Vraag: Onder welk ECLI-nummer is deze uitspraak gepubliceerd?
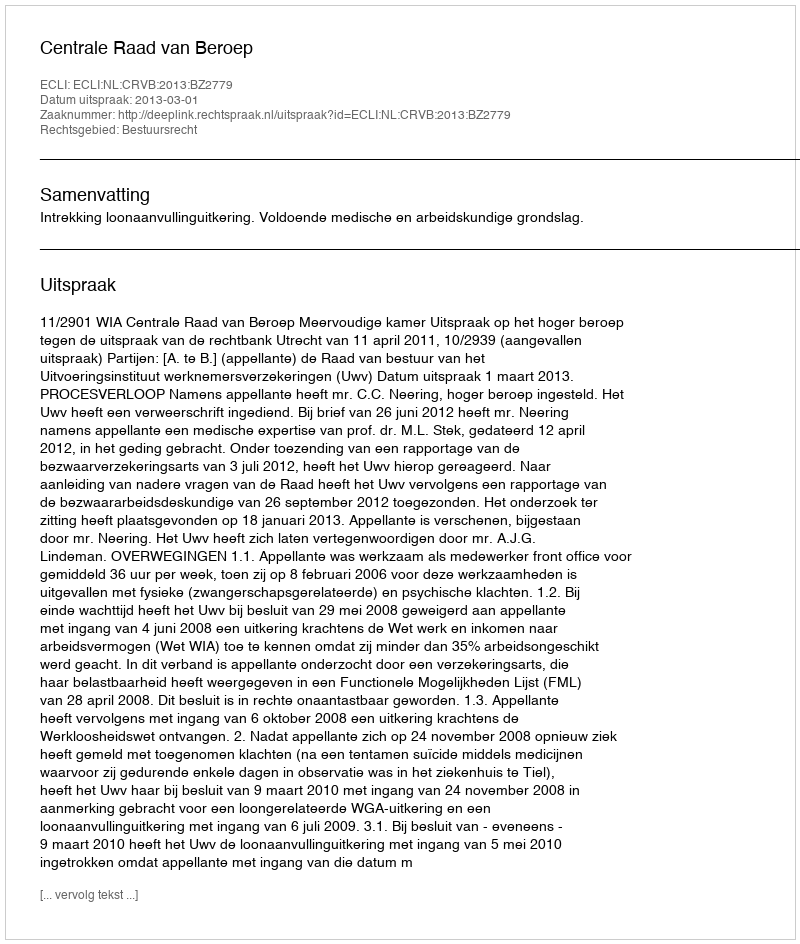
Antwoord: ECLI:NL:CRVB:2013:BZ2779